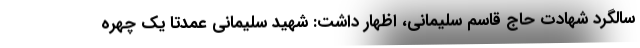
سالگرد شهادت حاج قاسم سلیمانی، اظهار داشت: شهید سلیمانی عمدتا یک چهره